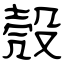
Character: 殼